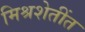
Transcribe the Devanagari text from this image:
मिश्रशेतींत